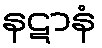
နဋာနံ